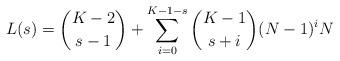
LaTeX: \begin{align*} L(s)=\binom{K-2}{s-1}+\sum_{i=0}^{K-1-s} \binom{K-1}{s+i}(N-1)^iN\end{align*}